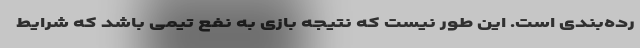
رده‌بندی است. این طور نیست که نتیجه بازی به نفع تیمی باشد که شرایط